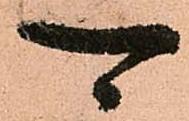
可